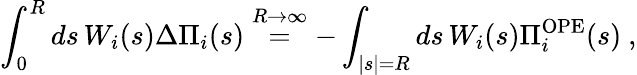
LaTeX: \int_{0}^{R}ds\, W_{i}(s)\Delta\Pi_{i}(s)\stackrel{R\rightarrow\infty}{=}-\int_{|s|=R}ds\, W_{i}(s)\Pi_{i}^{\mathrm{OPE}}(s)\ ,